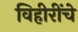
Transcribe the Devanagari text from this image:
विहीरींचे